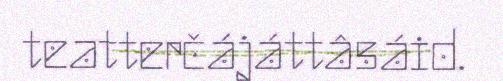
teatterčájáttâsáid.